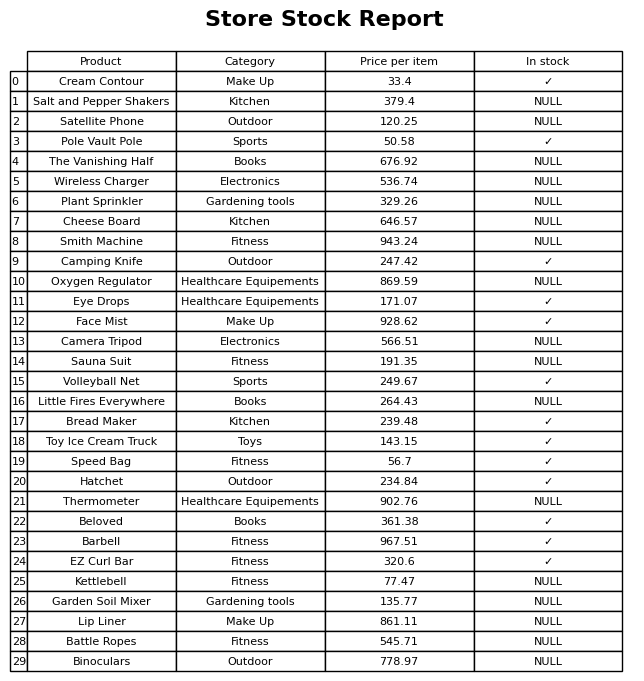
question: Is the Garden Soil Mixer in stock?
answer: NULL